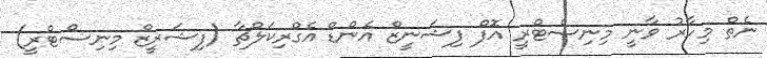
ނެތް މިހާރު ވާނީ މިނިސްޓްރީ އޮފް ފިޝަނީޒް އެންޑް އެގްރިކަލްޗާ (ފިޝަރީޒް މިނިސްޓްރީ)